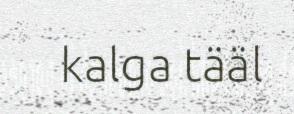
kalga tääl